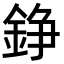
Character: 錚